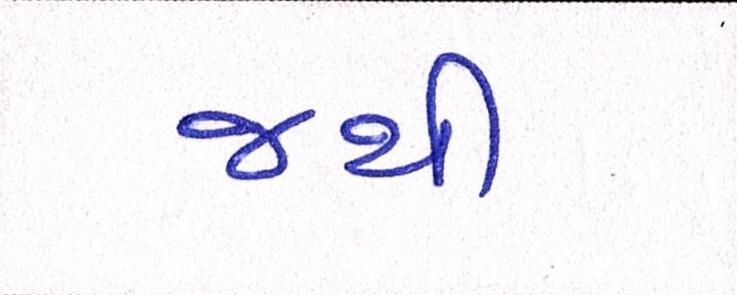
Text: જથી